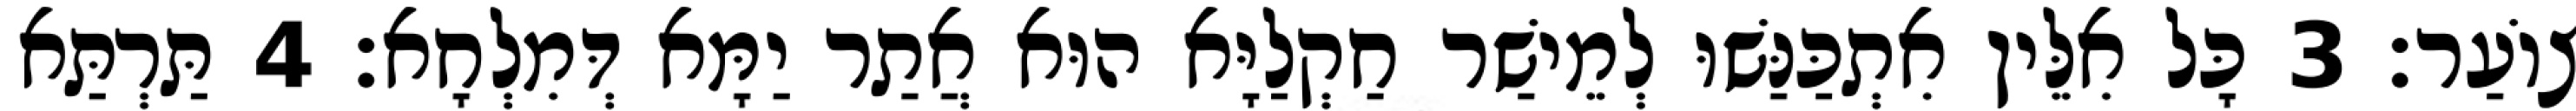
צוֹעַר׃ 3 כָּל אִלֵּין אִתְכַּנַּשׁוּ לְמֵישַׁר חַקְלַיָּא הוּא אֲתַר יַמָּא דְּמִלְחָא׃ 4 תַּרְתַּא